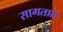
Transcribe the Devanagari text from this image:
सागतात